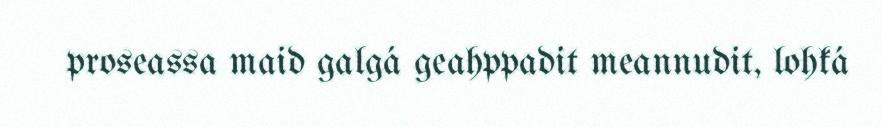
proseassa maid galgá geahppadit meannudit, lohká